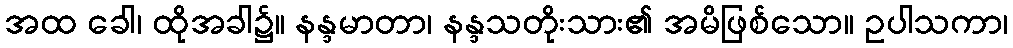
အထ ခေါ၊ ထိုအခါ၌။ နန္ဒမာတာ၊ နန္ဒသတိုးသား၏ အမိဖြစ်သော။ ဥပါသကာ၊